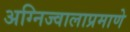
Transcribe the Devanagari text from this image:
अग्निज्वालाप्रमाणे